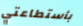
بأستطاعتي